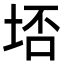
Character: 𭎟